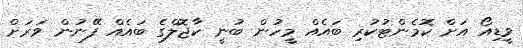
ވީޑިއޯ އަށް ކޮމެންޓުކުރި ބައެއް މީހުން ބުނީ ކާޖޮލްގެ ބައެއް ފޭނުން ވަރަށް